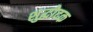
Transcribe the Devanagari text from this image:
शुद्धोदक